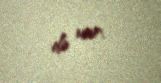
də var.